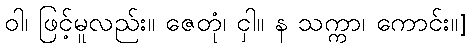
ဝါ၊ ဖြင့်မူလည်း။ ဇေတုံ၊ ငှါ။ န သက္ကာ၊ ကောင်း။]